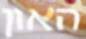
האון